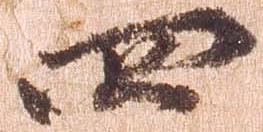
四